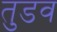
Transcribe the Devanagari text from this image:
तुडव